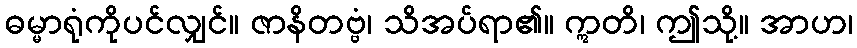
ဓမ္မာရုံကိုပင်လျှင်။ ဇာနိတဗ္ဗံ၊ သိအပ်ရာ၏။ ဣတိ၊ ဤသို့။ အာဟ၊